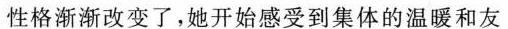
性格渐渐改变了，她开始感受到集体的温暖和友